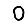
Digit: 0